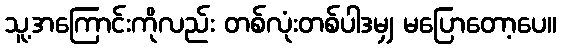
သူ့အကြောင်းကိုလည်း တစ်လုံးတစ်ပါဒမျှ မပြောတော့ပေ။